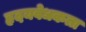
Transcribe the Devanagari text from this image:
हृदयवेधकता